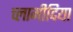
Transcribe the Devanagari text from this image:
च्‍लामीदिया